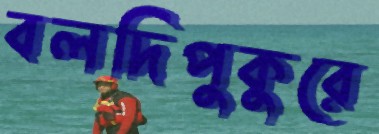
বলদিপুকুরে